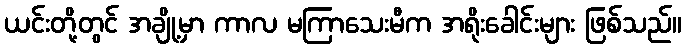
ယင်းတို့တွင် အချို့မှာ ကာလ မကြာသေးမီက အရိုးခေါင်းများ ဖြစ်သည်။